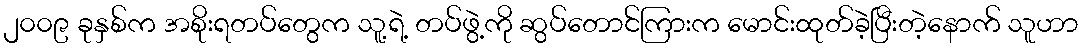
၂၀၀၉ ခုနှစ်က အစိုးရတပ်တွေက သူ့ရဲ့ တပ်ဖွဲ့ကို ဆွပ်တောင်ကြားက မောင်းထုတ်ခဲ့ပြီးတဲ့နောက် သူဟာ